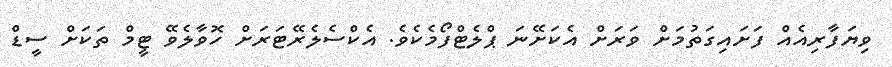
ވިޔަފާރިއެއް ފަށައިގަތުމަށް ވަރަށް އެކަށޭނަ ޕްލެޓްފޯމެކެވެ. އެކްސެލެރޭޓަރަށް ހޮވާލެވޭ ޓީމް ތަކަށް ސީޑް